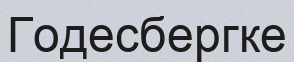
Годесбергке